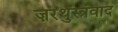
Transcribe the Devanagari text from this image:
ज़रथुस्त्रवाद